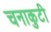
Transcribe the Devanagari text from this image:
चनाकुटी